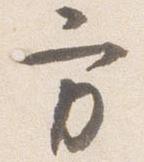
方